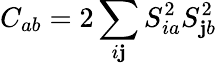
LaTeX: C_{ab}=2\sum_{i\mathbf{j}}S_{ia}^{2}S_{\mathbf{j}b}^{2}